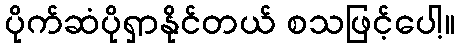
ပိုက်ဆံပိုရှာနိုင်တယ် စသဖြင့်ပေါ့။